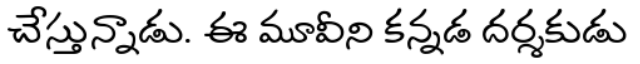
చేస్తున్నాడు. ఈ మూవీని కన్నడ దర్శకుడు